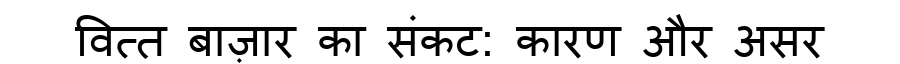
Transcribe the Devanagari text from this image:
वित्त बाज़ार का संकट: कारण और असर